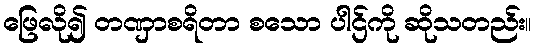
ဖြေလို၍ တဏှာစရိတာ စသော ပါဌ်ကို ဆိုသတည်း။